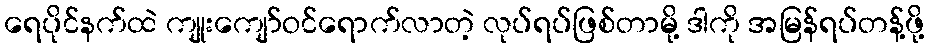
ရေပိုင်နက်ထဲ ကျုးကျော်ဝင်ရောက်လာတဲ့ လုပ်ရပ်ဖြစ်တာမို့ ဒါကို အမြန်ရပ်တန့်ဖို့